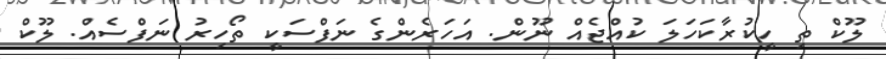
ލޫކް ތި ހީކުރާކަހަލަ ކުއްޖެއް ނޫން. އަހަރެންގެ ނަފްސަކީ ތޯހިރު ނަފްސެއް. ލޫކް